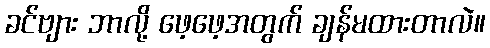
ခင်ဗျား ဘာလို့ ဖေ့ဖေ့အတွက် ချန်မထားတာလဲ။